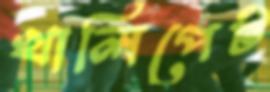
খালিপেট